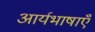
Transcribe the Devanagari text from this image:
आर्यभाषाएँ